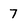
Character: 7